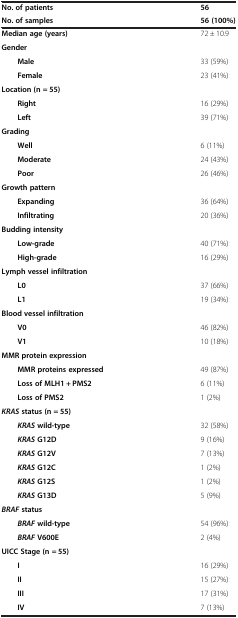
| No. of patients | 56 |
 | No. of samples | 56 (100%) |
 | --- | --- |
 | Median age (years) | 72 ± 10.9 |
 | Gender |  |
 | Male | 33 (59%) |
 | Female | 23 (41%) |
 | Location (n = 55) |  |
 | Right | 16 (29%) |
 | Left | 39 (71%) |
 | Grading |  |
 | Well | 6 (11%) |
 | Moderate | 24 (43%) |
 | Poor | 26 (46%) |
 | Growth pattern |  |
 | Expanding | 36 (64%) |
 | Infiltrating | 20 (36%) |
 | Budding intensity |  |
 | Low-grade | 40 (71%) |
 | High-grade | 16 (29%) |
 | Lymph vessel infiltration |  |
 | L0 | 37 (66%) |
 | L1 | 19 (34%) |
 | Blood vessel infiltration |  |
 | V0 | 46 (82%) |
 | V1 | 10 (18%) |
 | MMR protein expression |  |
 | MMR proteins expressed | 49 (87%) |
 | Loss of MLH1 + PMS2 | 6 (11%) |
 | Loss of PMS2 | 1 (2%) |
 | KRAS status (n = 55) |  |
 | KRAS wild-type | 32 (58%) |
 | KRAS G12D | 9 (16%) |
 | KRAS G12V | 7 (13%) |
 | KRAS G12C | 1 (2%) |
 | KRAS G12S | 1 (2%) |
 | KRAS G13D | 5 (9%) |
 | BRAF status |  |
 | BRAF wild-type | 54 (96%) |
 | BRAF V600E | 2 (4%) |
 | UICC Stage (n = 55) |  |
 | I | 16 (29%) |
 | II | 15 (27%) |
 | III | 17 (31%) |
 | IV | 7 (13%) |